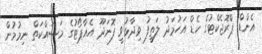
އެންޑް ޕްރޮޖެކްޓުގެ ހެޑް އަހުމަދު ލަތީފު ވިދާޅުވީ ފޮނަދޫ އެއާޕޯޓުގެ މަސައްކަތް ނިމުމުން